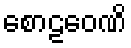
စောဠဝေဏိ